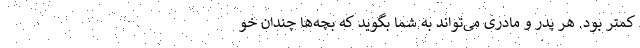
کمتر بود. هر پدر و مادری می‌تواند به شما بگوید که بچه‌ها چندان خو